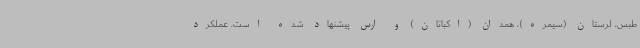
طبس، لرستان (سیمره)، همدان (اکباتان) و ارس پیشنهاد شده است. عملکرد